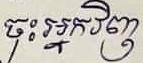
ចុះអ្នកវិញ